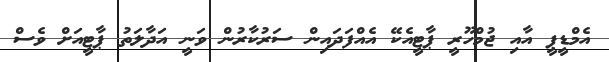
އެމްޑީޕީ އާއި ޖުމްހޫރީ ޕާޓީއެކޭ އެއްފަދައިން ސަރުކާރުން ވަނީ އަދާލަތު ޕާޓީއަށް ވެސް